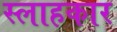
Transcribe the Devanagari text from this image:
स्लाहकार